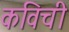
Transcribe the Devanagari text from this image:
कविची